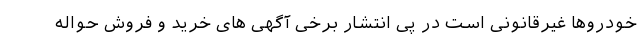
خودروها غیرقانونی است در پی انتشار برخی آگهی های خرید و فروش حواله